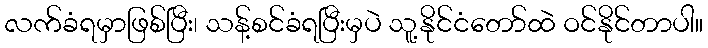
လက်ခံရမှာဖြစ်ပြီး၊ သန့်စင်ခံရပြီးမှပဲ သူ့နိုင်ငံတော်ထဲ ဝင်နိုင်တာပါ။